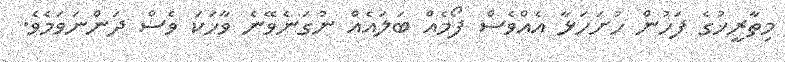
މިތާރީޚުގެ ފަހުން ހުށަހަޅާ އެއްވެސް ފޯމެއް ބަލައެއް ނުގަނެވޭނެ ވާހަކަ ވެސް ދަންނަވަމެވެ.